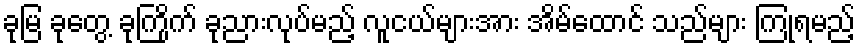
ခုမြ ခုတွေ့ ခုကြိုက် ခုညားလုပ်မည့် လူငယ်များအား အိမ်ထောင် သည်များ ကြုံရမည့်